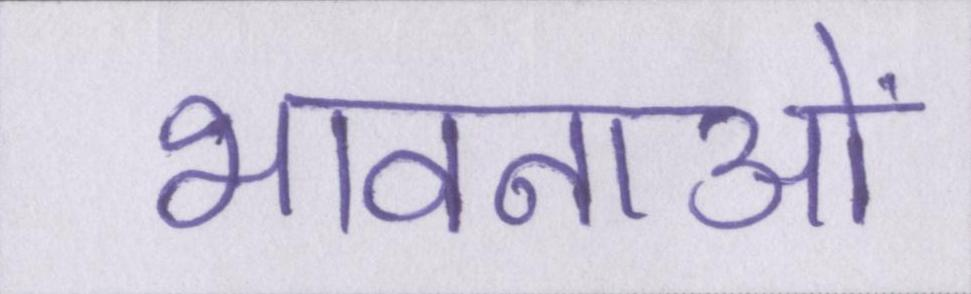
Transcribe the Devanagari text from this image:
भावनाओं